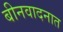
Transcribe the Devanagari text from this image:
बीनवादनात